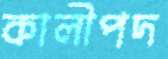
কালীপদ